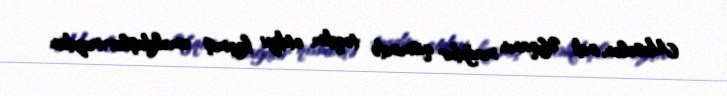
Məsələn, indi Əfqanın mağdur qismində təqdim etdiyi keçmiş əməkdaşlarımızdan